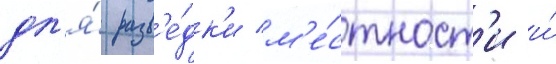
дл'я́ разв'е́дк'и м'е́стност'и и́